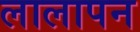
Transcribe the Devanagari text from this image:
लालापन